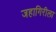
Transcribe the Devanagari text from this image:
जहागिरीला